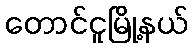
တောင်ငူမြို့နယ်